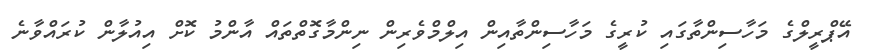
އޭޕްރީލްގެ މަހާސިންތާގައި ކުރީގެ މަހާސިންތާއިން އިލްމްވެރިން ނިންމާގޮތްތައް އާންމު ކޮށް އިއުލާން ކުރައްވާނެ